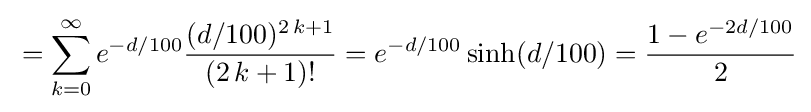
{}=\sum _{k=0}^{\infty }e^{-d/100}{\frac {(d/100)^{2\,k+1}}{(2\,k+1)!}}=e^{-d/100}\sinh(d/100)={\frac {1-e^{-2d/100}}{2}}